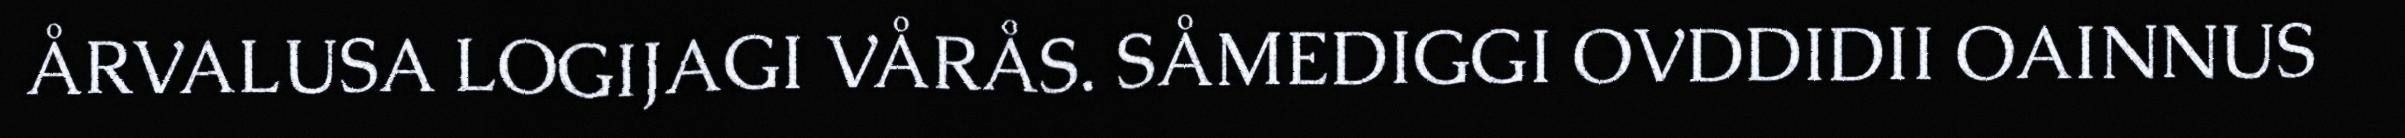
ÅRVALUSA LOGIJAGI VÅRÅS. SÅMEDIGGI OVDDIDII OAINNUS